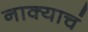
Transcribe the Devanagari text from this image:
नाक्याचं